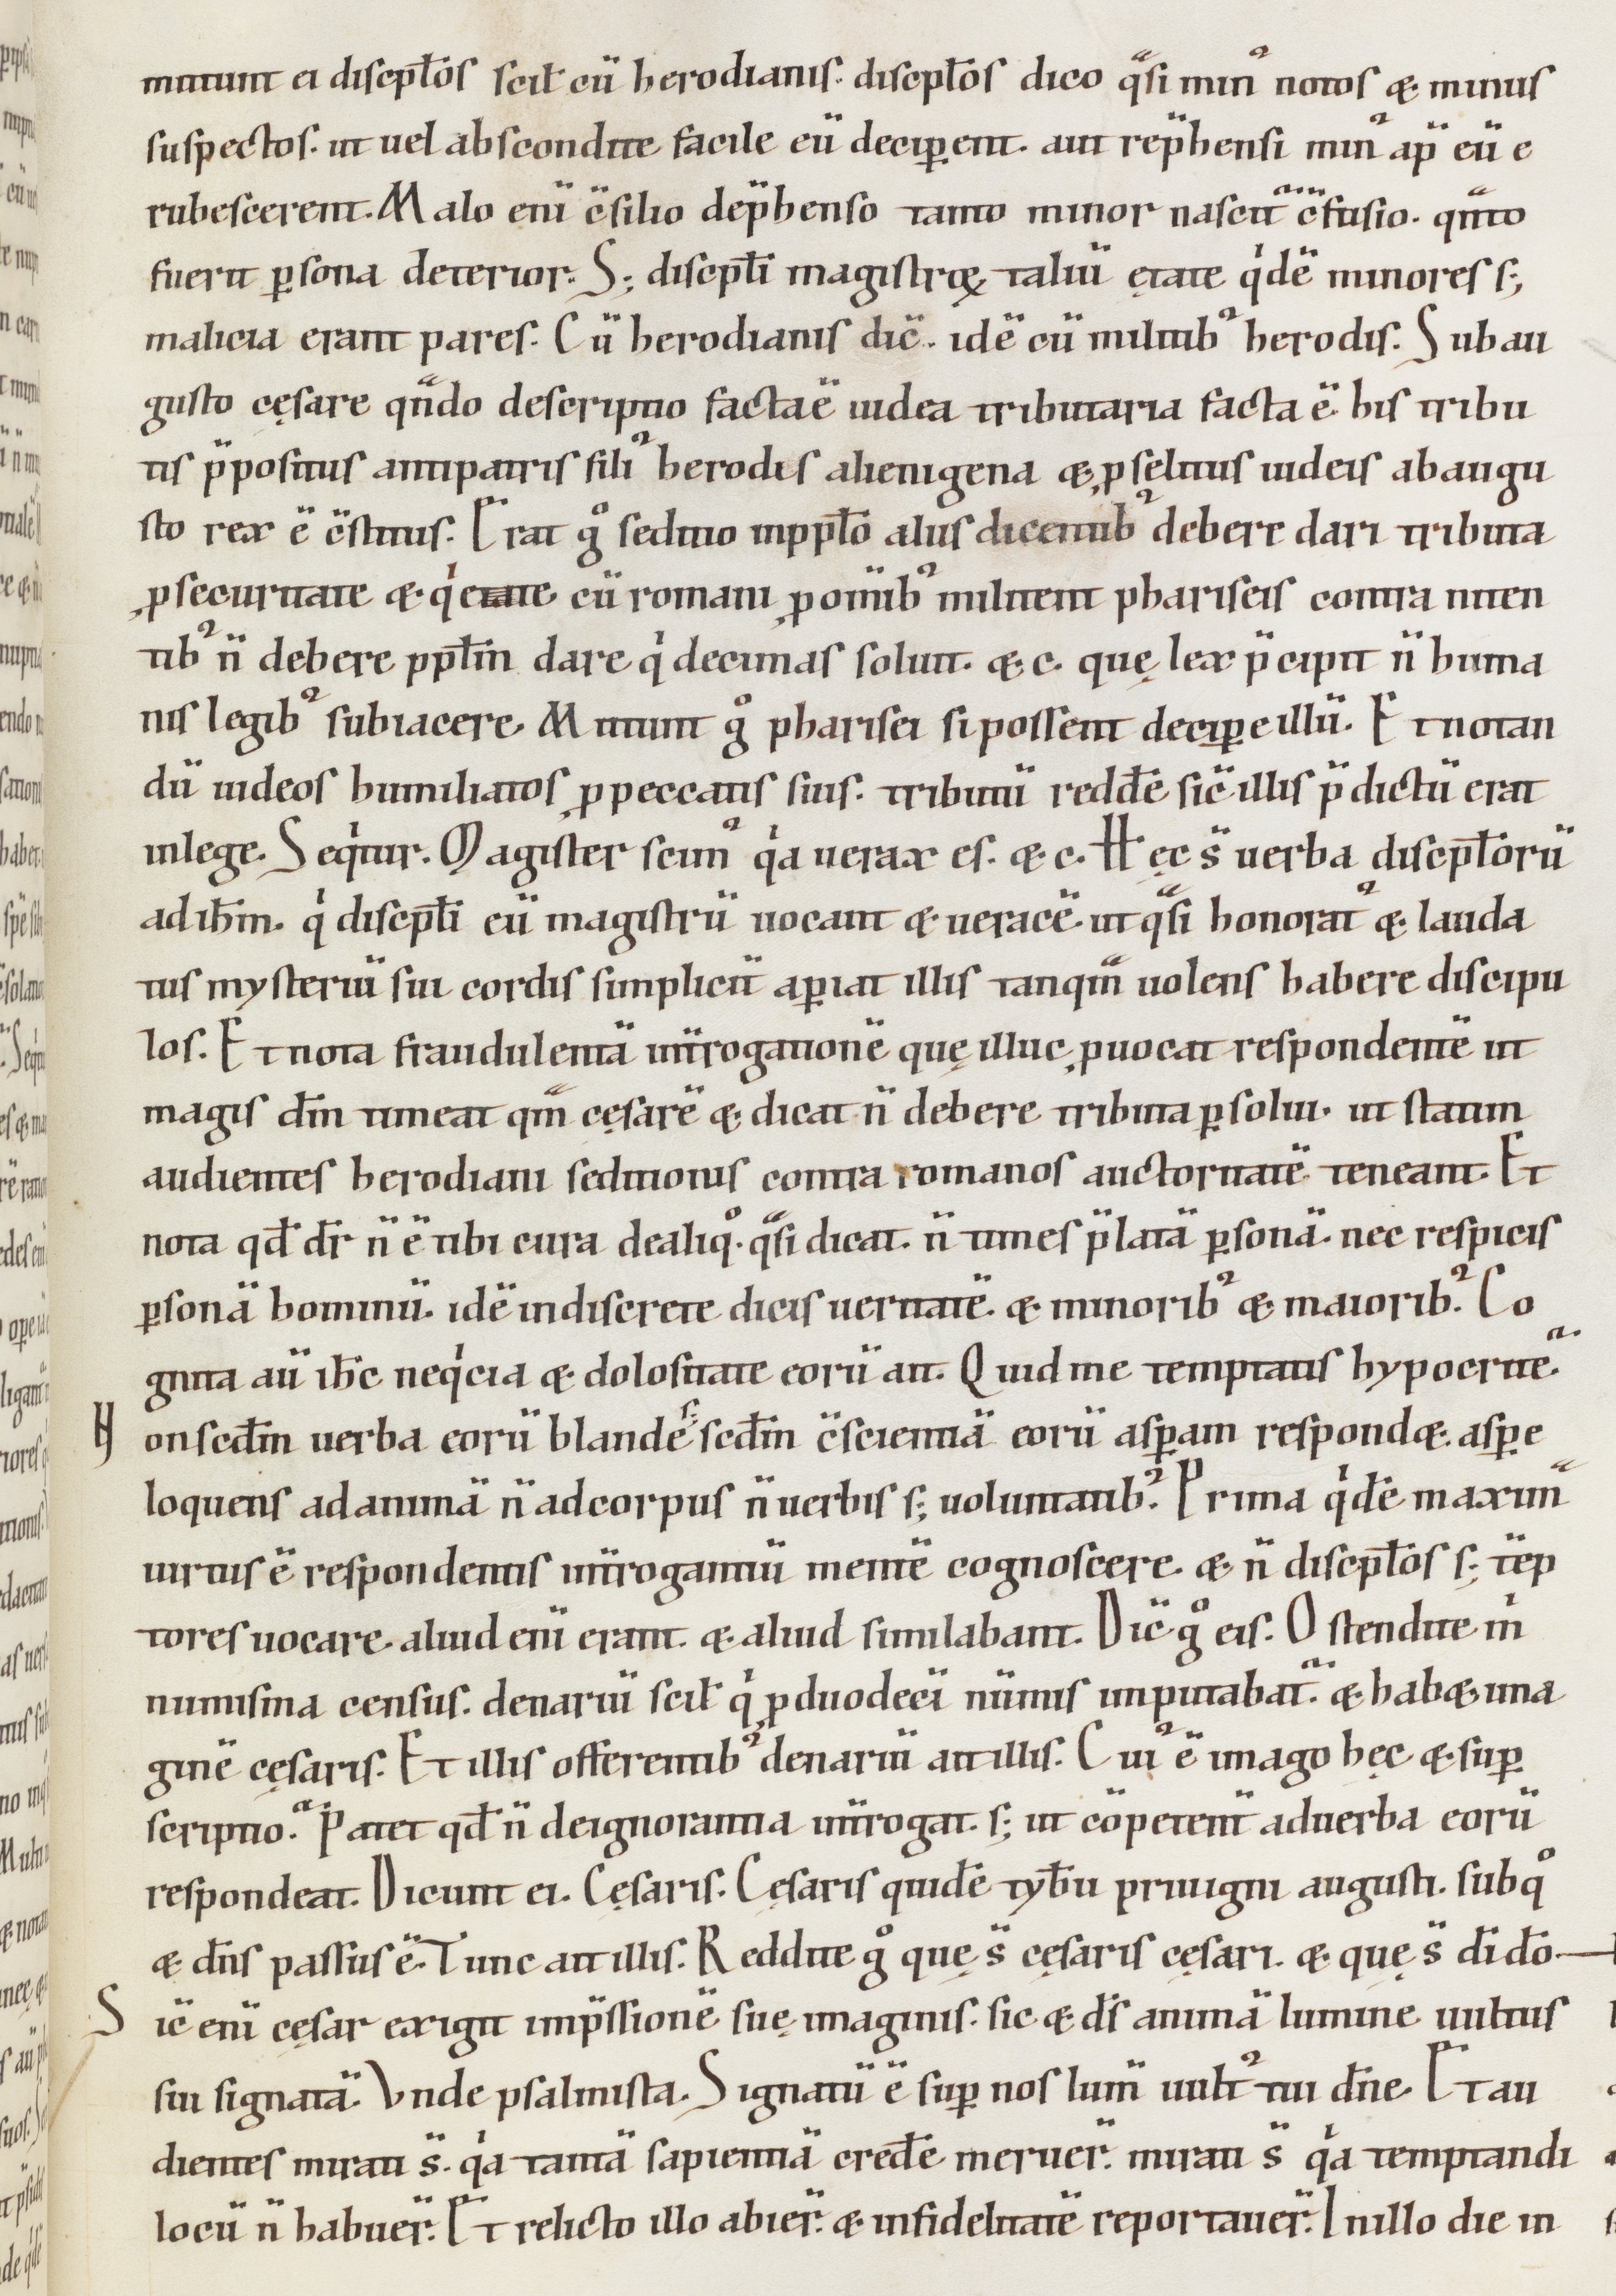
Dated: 1000–1199